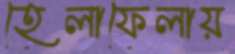
হেলাফেলায়